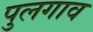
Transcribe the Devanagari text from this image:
पुलगाव